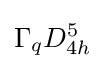
\Gamma _{q}D_{4h}^{5}